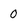
Character: 0